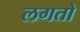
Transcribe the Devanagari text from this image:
लगतो